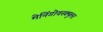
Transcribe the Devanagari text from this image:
मेनिंगोवस्क्युलर